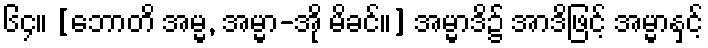
၆၄။ [ဘောတိ အမ္မ, အမ္မာ-အို မိခင်။] အမ္မာဒိ၌ အာဒိဖြင့် အမ္မာနှင့်